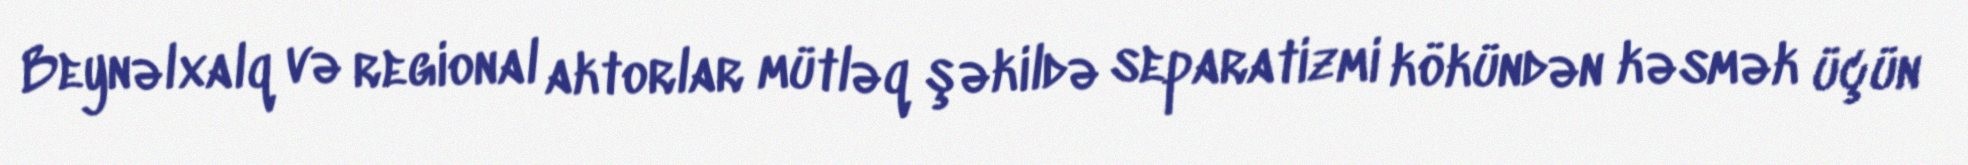
Beynəlxalq və regional aktorlar mütləq şəkildə separatizmi kökündən kəsmək üçün